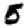
Digit: 5